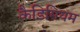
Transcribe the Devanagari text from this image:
कैडिमियम